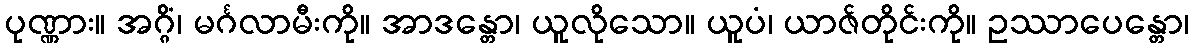
ပုဏ္ဏား။ အဂ္ဂိံ၊ မင်္ဂလာမီးကို။ အာဒန္တော၊ ယူလိုသော။ ယူပံ၊ ယာဇ်တိုင်းကို။ ဥဿာပေန္တော၊